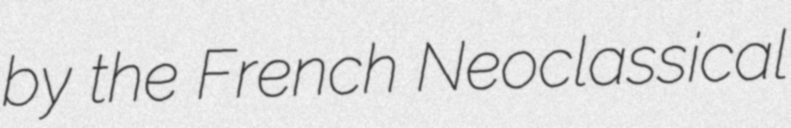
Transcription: by the French Neoclassical